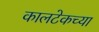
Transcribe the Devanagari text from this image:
कालटेकच्या